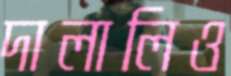
দালালিও